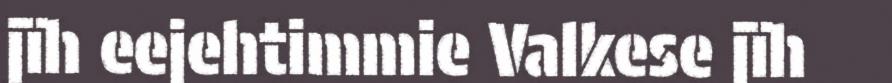
jïh eejehtimmie Valkese jïh